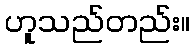
ဟူသည်တည်း။